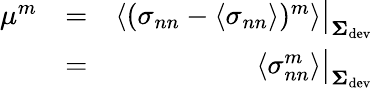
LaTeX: \begin{array}{rlr}{\mu^{m}}&{=}&{\left\langle(\sigma_{nn}-\left\langle\sigma_{nn}\right\rangle)^{m}\right\rangle\big\vert_{\mathbf{\Sigma}_{\mathrm{dev}}}}\\ &{=}&{\left\langle\sigma_{nn}^{m}\right\rangle\big\vert_{\mathbf{\Sigma}_{\mathrm{dev}}}}\end{array}